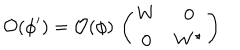
LaTeX: { \cal O } ( \phi ^ { \prime } ) = { \cal O } ( \phi ) \, \left( \begin{matrix} { { W } } & { { { \bf 0 } } } \\ { { { \bf 0 } } } & { { W ^ { \star } } } \\ \end{matrix} \right)